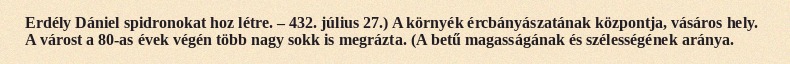
Erdély Dániel spidronokat hoz létre. – 432. július 27.) A környék ércbányászatának központja, vásáros hely. A várost a 80-as évek végén több nagy sokk is megrázta. (A betű magasságának és szélességének aránya.